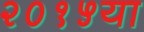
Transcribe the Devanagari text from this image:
२०१५या